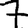
Digit: 7